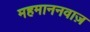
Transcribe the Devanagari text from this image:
महमाननवाज़